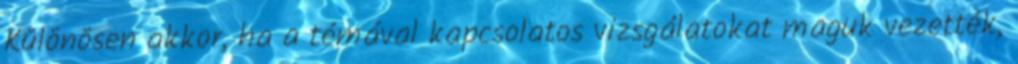
Különösen akkor, ha a témával kapcsolatos vizsgálatokat maguk vezették,